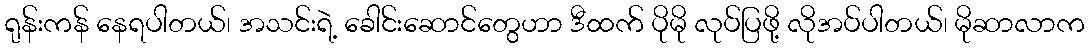
ရုန်းကန် နေရပါတယ်၊ အသင်းရဲ့ ခေါင်းဆောင်တွေဟာ ဒီထက် ပိုမို လုပ်ပြဖို့ လိုအပ်ပါတယ်၊ မိုဆာလာက